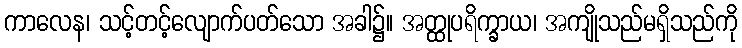
ကာလေန၊ သင့်တင့်လျောက်ပတ်သော အခါ၌။ အတ္ထုပရိက္ခာယ၊ အကျိုသည်မရှိသည်ကို